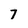
Character: 7